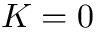
K = 0